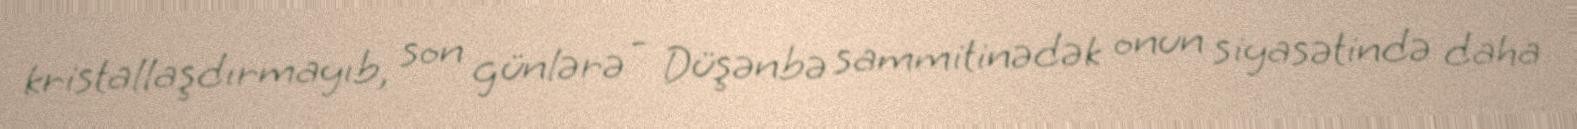
kristallaşdırmayıb, son günlərə - Düşənbə sammitinədək onun siyasətində daha